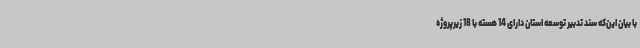
با بیان این‌که سند تدبیر توسعه استان دارای 14 هسته با 18 زیرپروژه